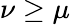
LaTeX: \nu\geq\mu